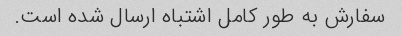
سفارش به طور کامل اشتباه ارسال شده است.